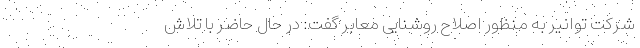
شرکت توانیر به منظور اصلاح روشنایی معابر گفت: در حال حاضر با تلاش